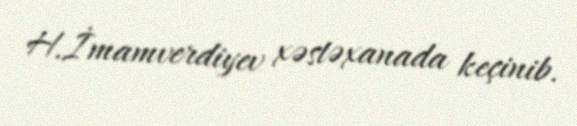
H.İmamverdiyev xəstəxanada keçinib.